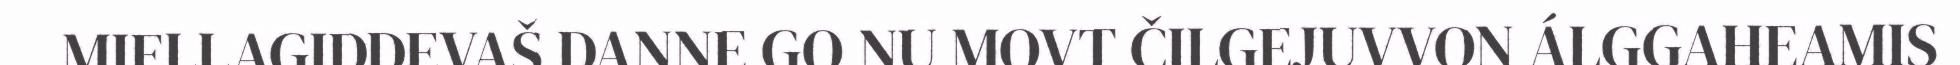
MIELLAGIDDEVAŠ DANNE GO NU MOVT ČILGEJUVVON ÁLGGAHEAMIS